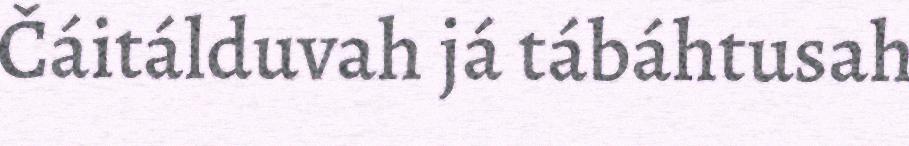
Čáitálduvah já tábáhtusah